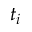
t _ { i }